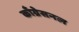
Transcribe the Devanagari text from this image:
काँग्रेसनल